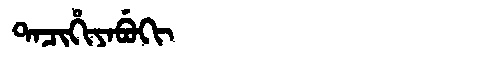
Manchu: ᡨᠠᠴᡳᡥᡳᠶᠠᠪᡠᡴᡳ
Romanization: TACIHIYABUKI